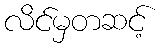
လိင်မှတဆင့်